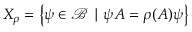
X _ { \rho } = \left\{ \psi \in \mathcal { B } \mid \psi A = \rho ( A ) \psi \right\}